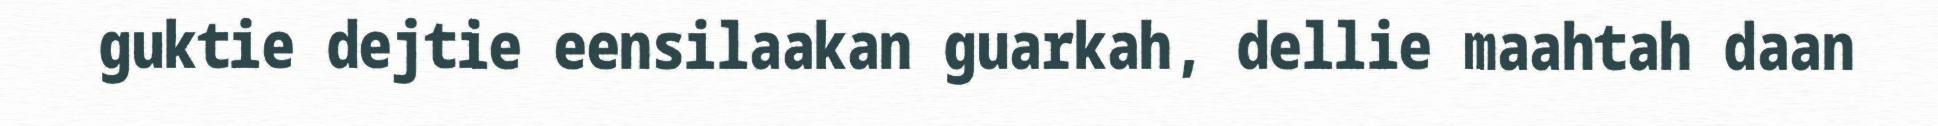
guktie dejtie eensilaakan guarkah, dellie maahtah daan